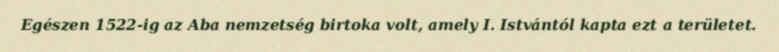
Egészen 1522-ig az Aba nemzetség birtoka volt, amely I. Istvántól kapta ezt a területet.